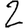
Digit: 2